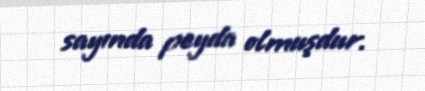
sayında peyda olmuşdur.